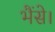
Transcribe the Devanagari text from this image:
भैंसे।